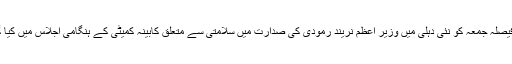
یہ فیصلہ جمعہ کو نئی دہلی میں وزیر اعظم نریند رمودی کی صدارت میں سلامتی سے متعلق کابینہ کمیٹی کے ہنگامی اجلاس میں کیا گیا۔